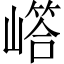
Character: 𡼪